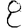
Digit: 8